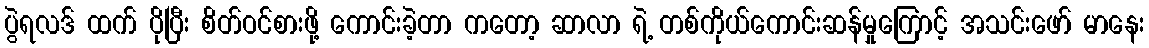
ပွဲရလဒ် ထက် ပိုပြီး စိတ်ဝင်စားဖို့ ကောင်းခဲ့တာ ကတော့ ဆာလာ ရဲ့ တစ်ကိုယ်ကောင်းဆန်မှုကြောင့် အသင်းဖော် မာနေး